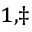
^ { 1 , \ddagger }